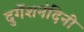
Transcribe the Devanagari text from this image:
दुगेंशनंदिनी